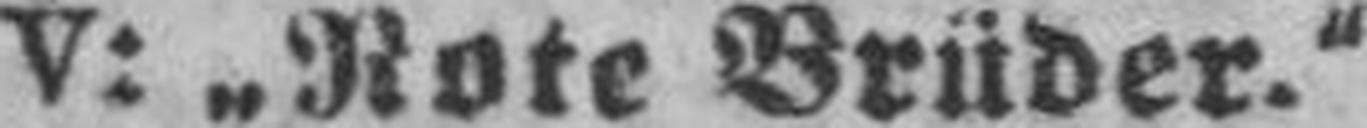
V: „Rote Brüder.“